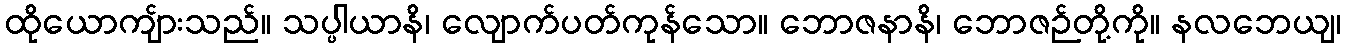
ထိုယောကျ်ားသည်။ သပ္ပါယာနိ၊ လျောက်ပတ်ကုန်သော။ ဘောဇနာနိ၊ ဘောဇဉ်တို့ကို။ နလဘေယျ၊